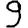
Digit: 9